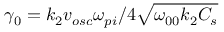
\gamma _ { 0 } = k _ { 2 } v _ { o s c } \omega _ { p i } / 4 \sqrt { \omega _ { 0 0 } k _ { 2 } C _ { s } }